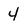
Character: 4